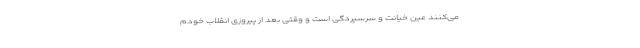
می‌کنند عین خیانت و سرسپردگی است و وقتی بعد از پیروزی انقلاب خودم